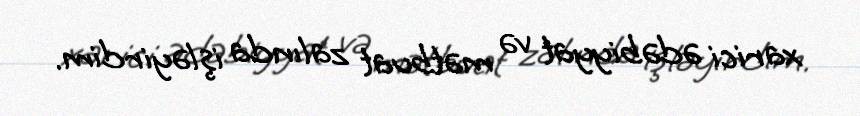
xarici ədəbiyyat və mətbuat zalında işləyirdim.